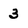
Character: 3